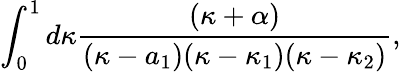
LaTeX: \int_{0}^{1}d\kappa{\frac{(\kappa+\alpha)}{(\kappa-a_{1})(\kappa-\kappa_{1})(\kappa-\kappa_{2})}},